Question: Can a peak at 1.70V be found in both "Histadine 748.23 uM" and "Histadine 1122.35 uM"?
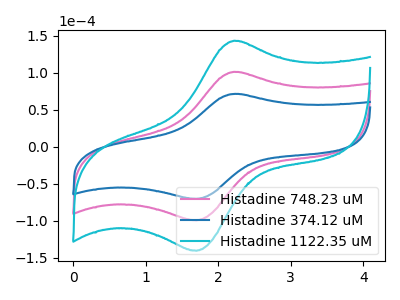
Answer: <think>The pink curve "Histadine 748.23 uM" has an anodic peak at (2.25V, 101.55uA) and a cathodic peak at (1.70V, -99.30uA). The blue curve "Histadine 374.12 uM" has an anodic peak at (2.25V, 71.80uA) and a cathodic peak at (1.70V, -70.20uA). The cyan curve "Histadine 1122.35 uM" has an anodic peak at (2.25V, 203.10uA) and a cathodic peak at (1.70V, -198.60uA).</think>
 <answer>Yes, "Histadine 748.23 uM" and "Histadine 1122.35 uM" share a peak at 1.70V.</answer>
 <eval>match</eval>